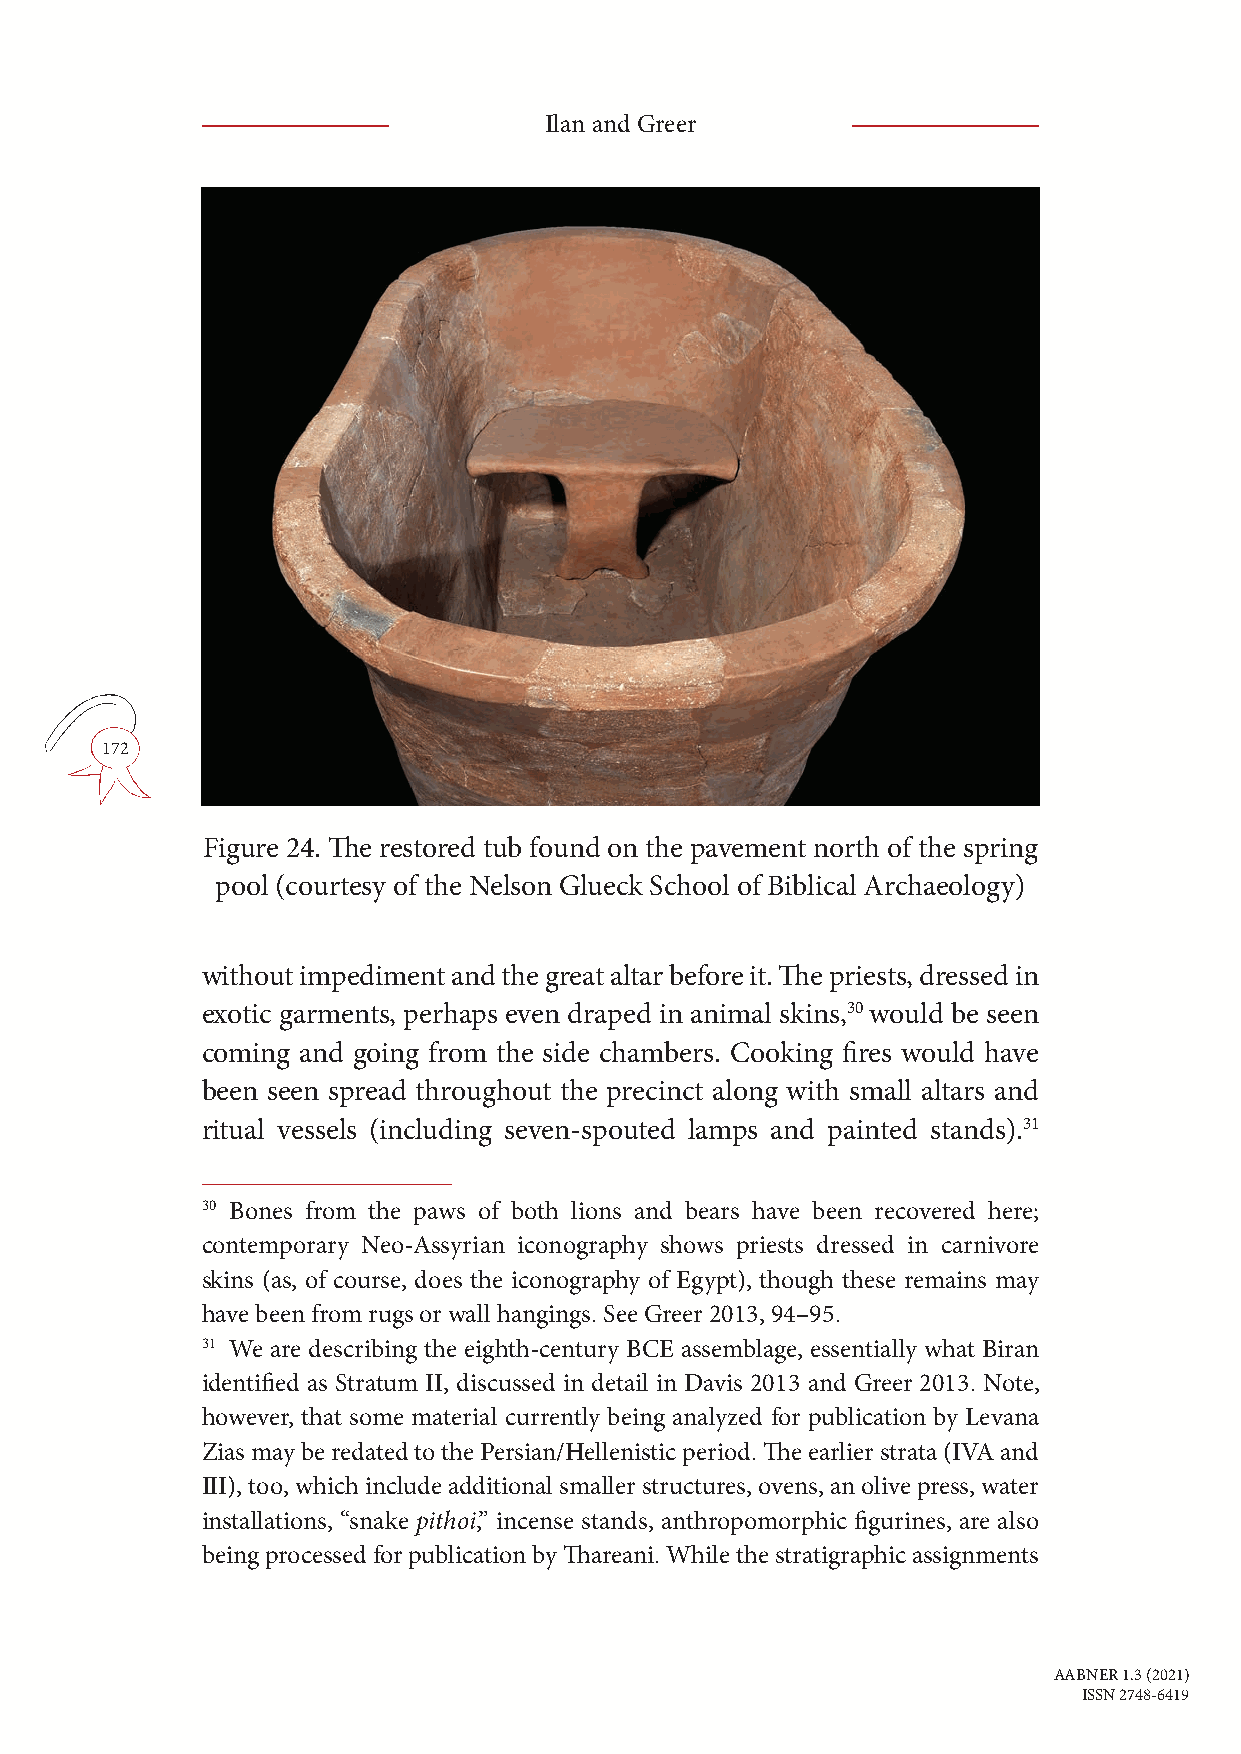
Ilan and Greer
 172
 Figure 24. The restored tub found on the pavement north of the spring
 pool (courtesy of the Nelson Glueck School of Biblical Archaeology)
 without impediment and the great altar before it. The priests, dressed in
 exotic garments, perhaps even draped in animal skins,30 would be seen
 coming and going from the side chambers. Cooking fires would have
 been seen spread throughout the precinct along with small altars and
 ritual vessels (including seven-spouted lamps and painted stands).31
 30 Bones from the paws of both lions and bears have been recovered here;
 contemporary Neo-Assyrian iconography shows priests dressed in carnivore
 skins (as, of course, does the iconography of Egypt), though these remains may
 have been from rugs or wall hangings. See Greer 2013, 94–95.
 31 We are describing the eighth-century BCE assemblage, essentially what Biran
 identified as Stratum II, discussed in detail in Davis 2013 and Greer 2013. Note,
 however, that some material currently being analyzed for publication by Levana
 Zias may be redated to the Persian/Hellenistic period. The earlier strata (IVA and
 III), too, which include additional smaller structures, ovens, an olive press, water
 installations, “snake pithoi,” incense stands, anthropomorphic figurines, are also
 being processed for publication by Thareani. While the stratigraphic assignments
 AABNER 1.3 (2021)
 ISSN 2748-6419